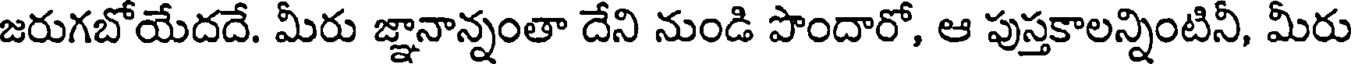
జరుగబోయేదదే. మీరు జ్ఞానాన్నంతా దేని నుండి పొందారో, ఆ పుస్తకాలన్నింటినీ, మీరు